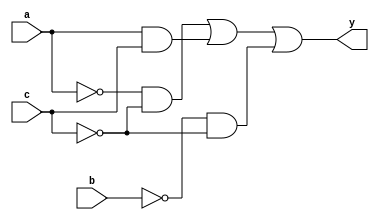

module tabla1(input wire a,b,c, output wire y);

  assign y = ~a & ~c | a & c | ~b & ~c;
              
endmodule

module tabla2(input wire a,b,c, output wire y1);

  assign y1 = ~b;
              
endmodule
module tabla3(input wire a,b,c,d, output wire y2);

  assign y2 = ~a & ~b & ~c & ~d | a & b & ~c & ~d | a & ~b & c &~d | ~a & b & ~c & d | a & ~b & ~c & d| ~a & ~b & c & d | a & b & c & d | ~a & b & c & ~d;
              
endmodule
module tabla4(input wire a,b,c,d, output wire y3);

  assign y3 = a & ~d |b & d | a & c;
endmodule